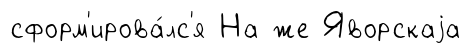
сформ'ирова́лс'я На же Яворскаjа